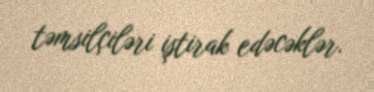
təmsilçiləri iştirak edəcəklər.